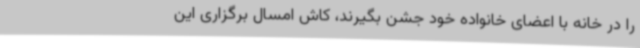
را در خانه با اعضای خانواده خود جشن بگیرند، کاش امسال برگزاری این